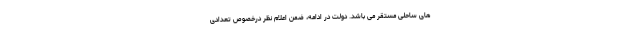
های ساحلی مستقر می باشد. دولت در ادامه، ضمن اعلام نظر درخصوص تعدادی